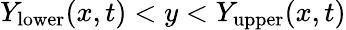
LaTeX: Y_{\mathrm{lower}}(x,t)<y<Y_{\mathrm{upper}}(x,t)